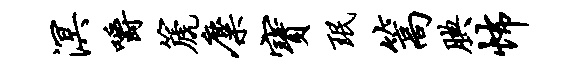
溟嚼篪麋宝珉篙腆怖